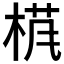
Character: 𱣩